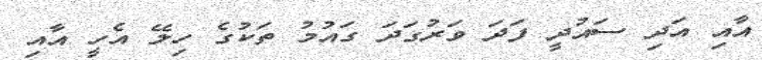
އާއި އަދި ސަައުދީ ފަދަ ވަރުގަދަ ގައުމު ތަކުގެ ހިލޭ އެހީ އާއި